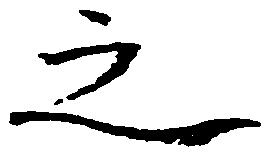
之